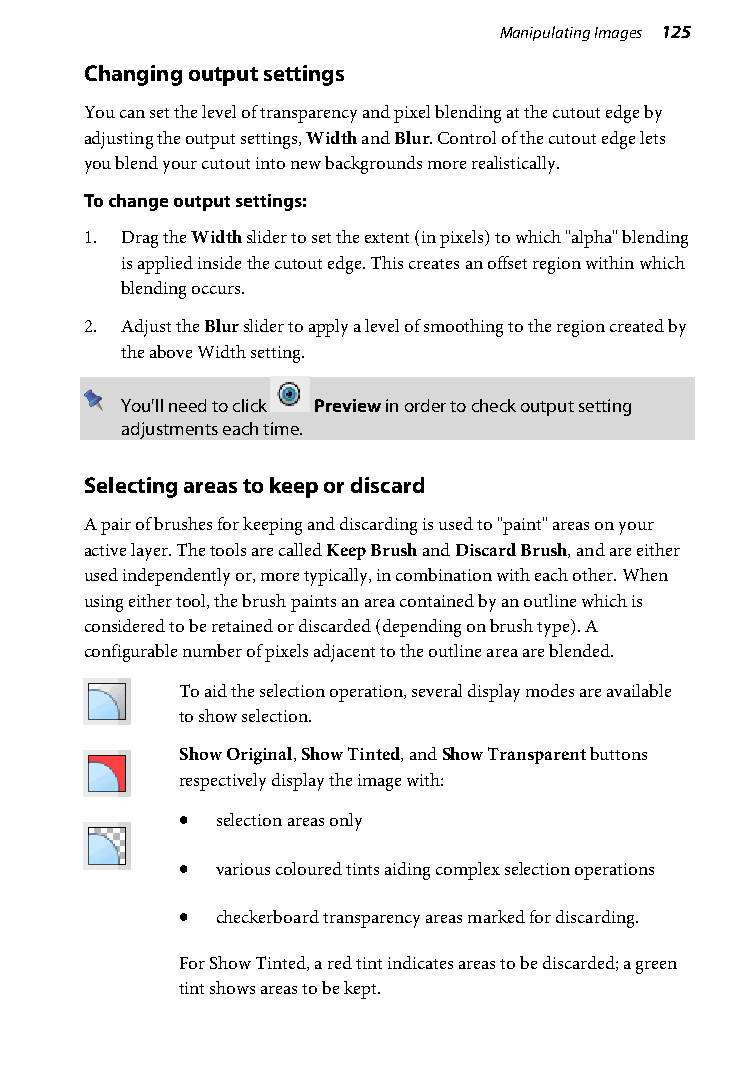
Manipulating Images 125
 Changing output settings
 You can set the level of transparency and pixel blending at the cutout edge by
 adjusting the output settings, Width and Blur. Control of the cutout edge lets
 you blend your cutout into new backgrounds more realistically.
 To change output settings:
 1. Drag the Width slider to set the extent (in pixels) to which "alpha" blending
 is applied inside the cutout edge. This creates an offset region within which
 blending occurs.
 2. Adjust the Blur slider to apply a level of smoothing to the region created by
 the above Width setting.
 You'll need to click Preview in order to check output setting
 adjustments each time.
 Selecting areas to keep or discard
 A pair of brushes for keeping and discarding is used to "paint" areas on your
 active layer. The tools are called Keep Brush and Discard Brush, and are either
 used independently or, more typically, in combination with each other. When
 using either tool, the brush paints an area contained by an outline which is
 considered to be retained or discarded (depending on brush type). A
 configurable number of pixels adjacent to the outline area are blended.
 To aid the selection operation, several display modes are available
 to show selection.
 Show Original, Show Tinted, and Show Transparent buttons
 respectively display the image with:
 • selection areas only
 • various coloured tints aiding complex selection operations
 • checkerboard transparency areas marked for discarding.
 For Show Tinted, a red tint indicates areas to be discarded; a green
 tint shows areas to be kept.